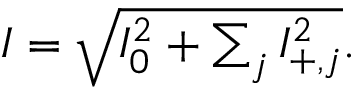
\begin{array} { r } { I = \sqrt { I _ { 0 } ^ { 2 } + \sum _ { j } { I _ { + , j } ^ { 2 } } } . } \end{array}